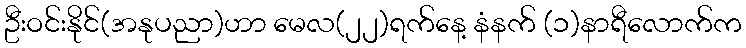
ဦးဝင်းနိုင်(အနုပညာ)ဟာ မေလ(၂၂)ရက်နေ့ နံနက် (၁)နာရီလောက်က